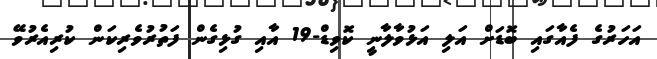
އަހަރުގެ ފެއާގައި ބޮޑަށް އަލި އަޅުވާލާނީ ކޮވިޑް-19 އާއި ގުޅިގެން ފަތުރުވެރިކަން ކުރިއެރުވޭ